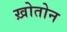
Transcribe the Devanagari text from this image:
ख़ोतोन